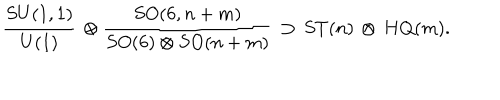
LaTeX: { \frac { S U ( 1 , 1 ) } { U ( 1 ) } } \, \otimes { \frac { S O ( 6 , n + m ) } { S O ( 6 ) \otimes S O ( n + m ) } } \, \supset \, S T ( n ) \, \otimes \, H Q ( m ) .